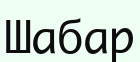
Шабар